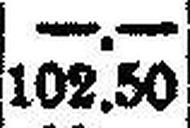
102.50